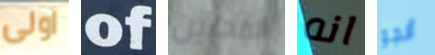
اولى of المحبين انه أنجو